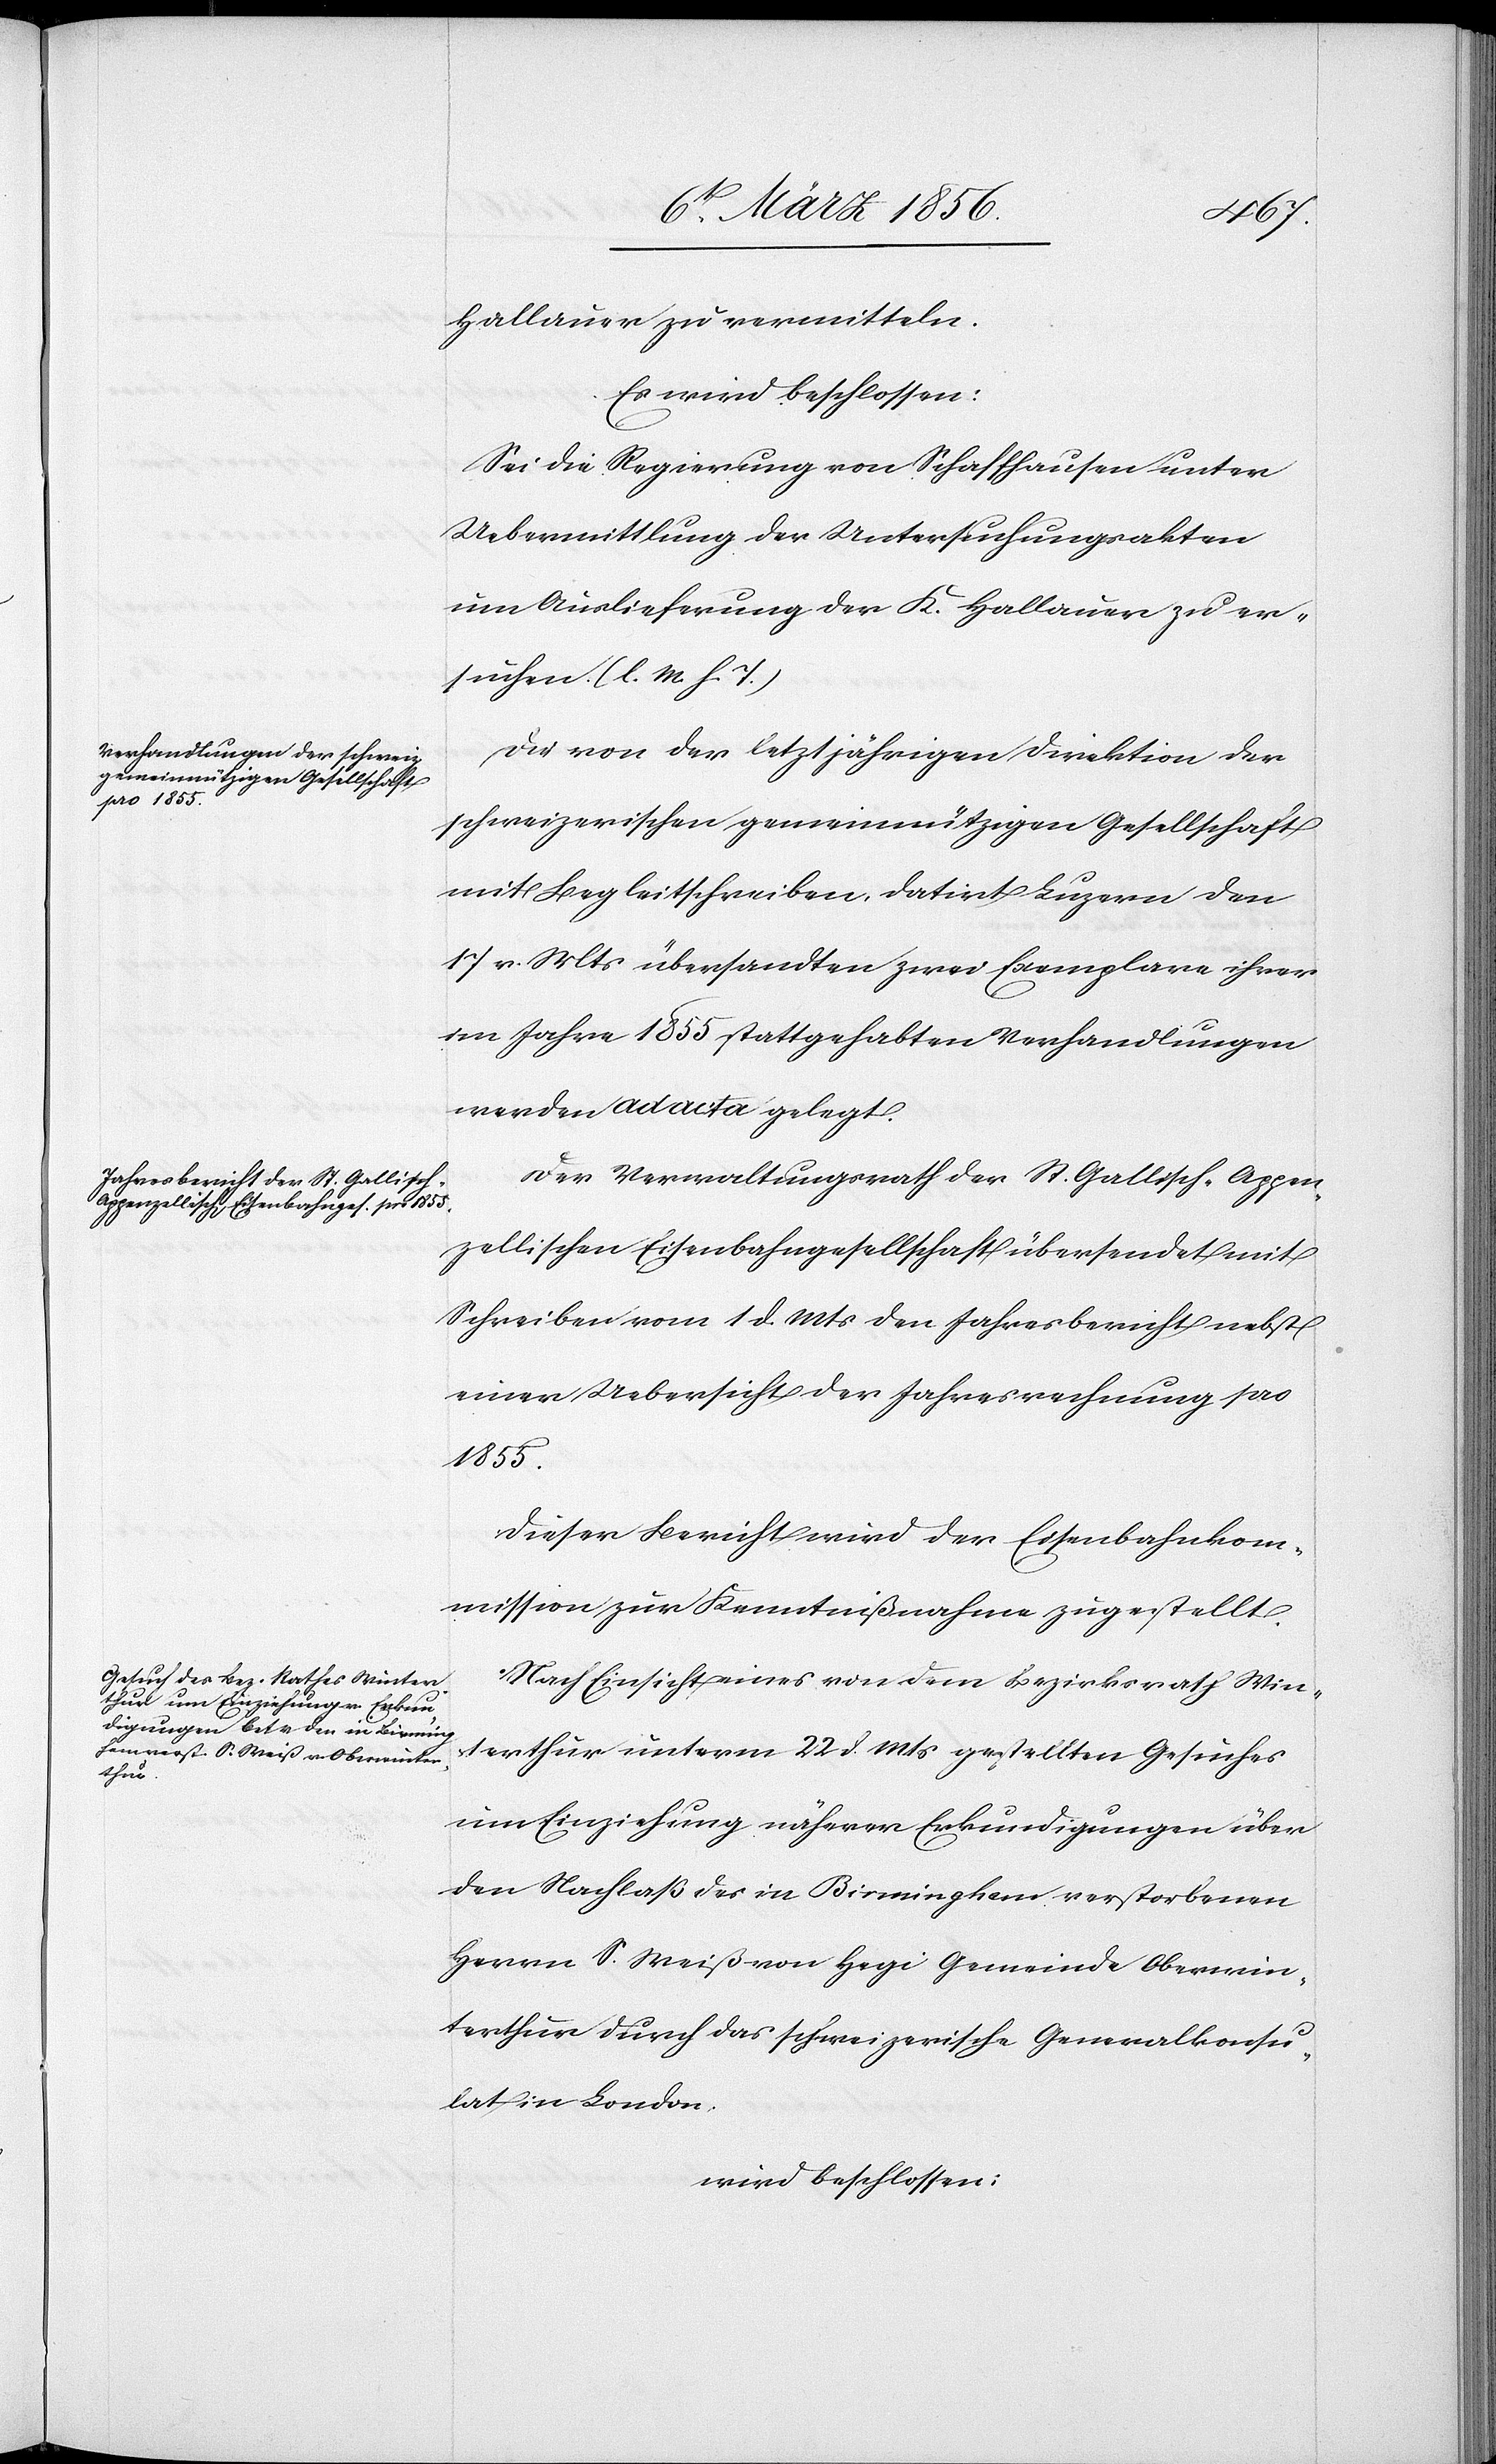
Hallauer zu vermitteln.
Es wird beschlossen:
Sei die Regierung von Schaffhausen unter
Uebermittlung der Untersuchungsakten
um Auslieferung der K. Hallauer zu er¬
suchen. (l. M. h. T.)
Die von der letztjährigen Direktion der
schweizerischen gemeinnützigen Gesellschaft
mit Begleitschreiben, datrit Luzern den
17 v. Mts übersandten zwei Exemplare ihrer
im Jahre 1855 stattgehabten Verhandlungen
werden ad acta gelegt.
Der Verwaltungsrath der St. Gallisch-Appen¬
zellischen Eisenbahngesellschaft übersendet mit
Schreiben vom 1 d. Mts den Jahresbericht nebst
einer Uebersicht der Jahresrechnung pro
1855.
Dieser Bericht wird der Eisenbahnkom¬
mission zur Kenntnißnahme zugestellt.
Nach Einsicht eines von dem Bezirksrath Win¬
terthur unterm 22 d. Mts gestellten Gesuches
um Einziehung näherer Erkundigungen über
den Nachlaß des in Birmingham verstorbenen
Herrn S. Weiß von Hegi Gemeinde Oberwin¬
terthur durch das schweizerische Generalkonsu¬
lat in London.
wird beschlossen: